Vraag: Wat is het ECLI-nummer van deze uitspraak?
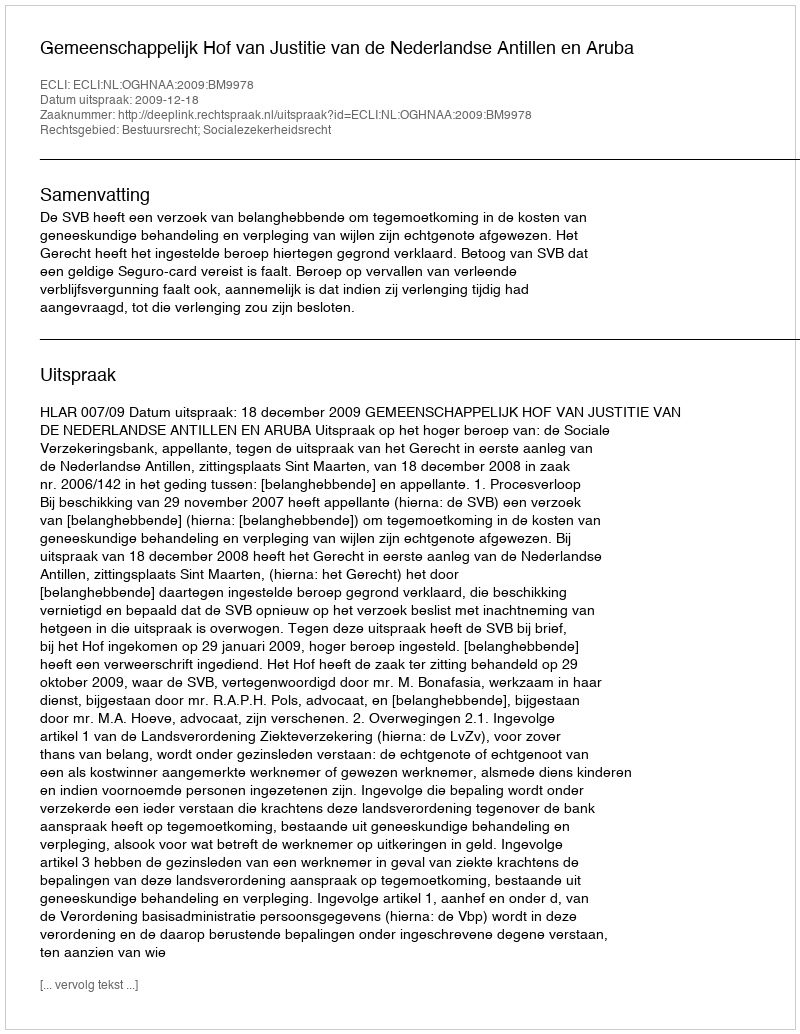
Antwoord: ECLI:NL:OGHNAA:2009:BM9978